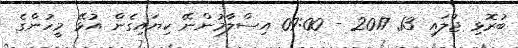
ބުރޮޅި ޖުލައި 13